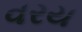
વરય